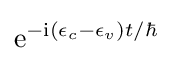
\mathrm {e} ^{-\mathrm {i} (\epsilon _{c}-\epsilon _{v})t/\hbar }